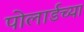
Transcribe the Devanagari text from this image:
पोलार्डच्या